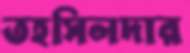
তহসিলদার